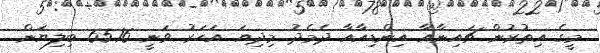
މީގެ އިތުރުން ޗައިނާއާ އިންޑިއާއާ ދެމެދު މިދިޔަ އަހަރު ވަނީ 65.16 ބިލިޔަން